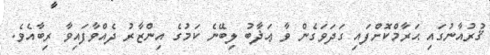
ޤުރުއާނުގައި ޙަރާމްކޮށްފައި ގަދަވަގެން ވާ ޢަޛާބު ލިބޭނެ ކަމުގެ އިންޒާރު ދެއްވާފައިވާ ރިބާއެވެ.